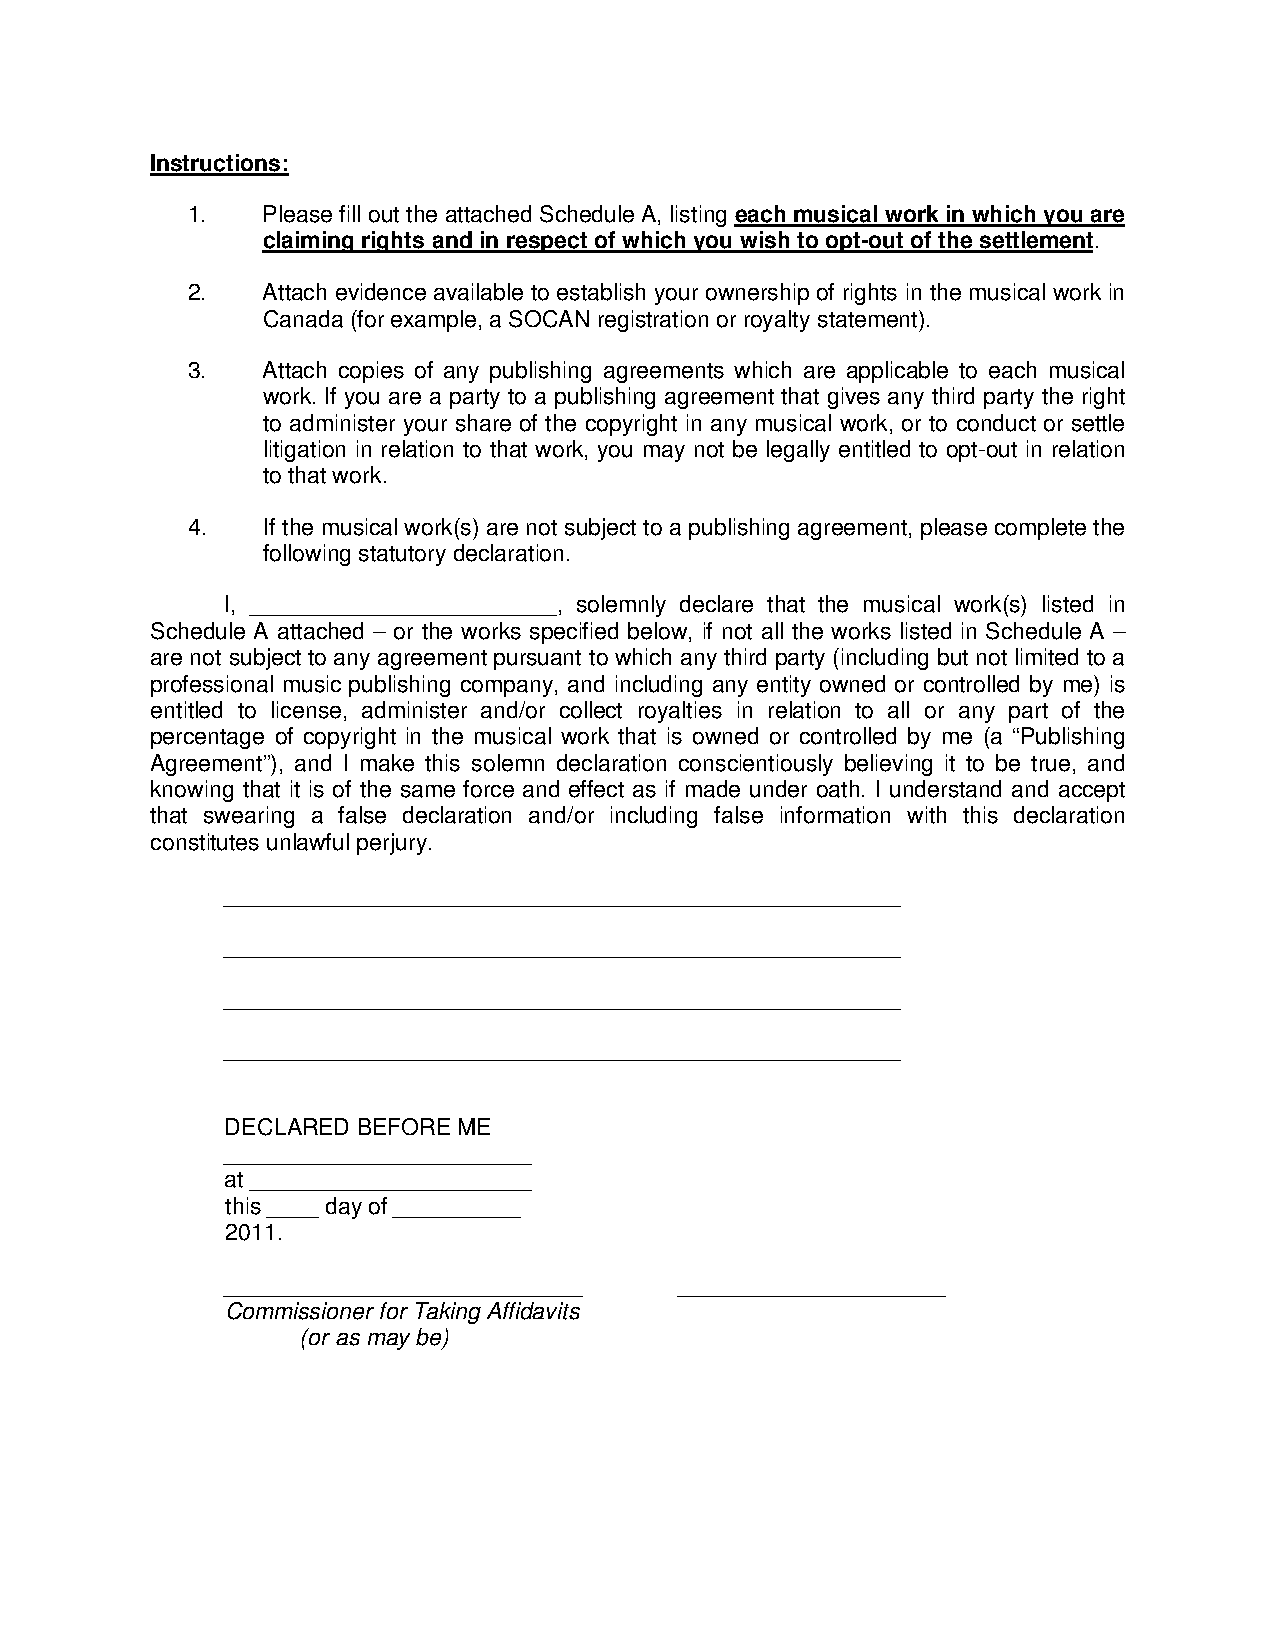
Instructions:
 1.   Please fill out the attached Schedule A, listing each musical work in which you are
 claiming rights and in respect of which you wish to opt-out of the settlement.
 2.   Attach evidence available to establish your ownership of rights in the musical work in
 Canada (for example, a SOCAN registration or royalty statement).
 3.   Attach copies of any publishing agreements which are applicable to each musical
 work. If you are a party to a publishing agreement that gives any third party the right
 to administer your share of the copyright in any musical work, or to conduct or settle
 litigation in relation to that work, you may not be legally entitled to opt-out in relation
 to that work.
 4.   If the musical work(s) are not subject to a publishing agreement, please complete the
 following statutory declaration.
 I, ________________________, solemnly declare that the musical work(s) listed in
 Schedule A attached – or the works specified below, if not all the works listed in Schedule A –
 are not subject to any agreement pursuant to which any third party (including but not limited to a
 professional music publishing company, and including any entity owned or controlled by me) is
 entitled to license, administer and/or collect royalties in relation to all or any part of the
 percentage of copyright in the musical work that is owned or controlled by me (a “Publishing
 Agreement”), and I make this solemn declaration conscientiously believing it to be true, and
 knowing that it is of the same force and effect as if made under oath. I understand and accept
 that swearing a false declaration and/or including false information with this declaration
 constitutes unlawful perjury.
 _____________________________________________________
 _____________________________________________________
 _____________________________________________________
 _____________________________________________________
 DECLARED BEFORE ME
 ________________________
 at ______________________
 this ____ day of __________
 2011.
 ____________________________  _____________________
 Commissioner for Taking Affidavits
 (or as may be)